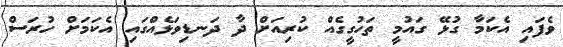
ވެފައި އެކަމާ ގުޅޭ ގައުމީ ތަހުގީގެއް ކުރިއަށް ދާ ދަނޑިވަޅެއްގައި އެކަމަށް ހުރަސް